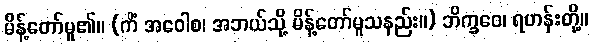
မိန့်တော်မူ၏။ (ကိံ အဝေါစ၊ အဘယ်သို့ မိန့်တော်မူသနည်း။) ဘိက္ခဝေ၊ ရဟန်းတို့။